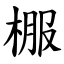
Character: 棴